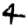
Digit: 4